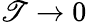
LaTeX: \mathscr{T}\rightarrow0